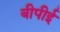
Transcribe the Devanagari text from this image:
बीपीई